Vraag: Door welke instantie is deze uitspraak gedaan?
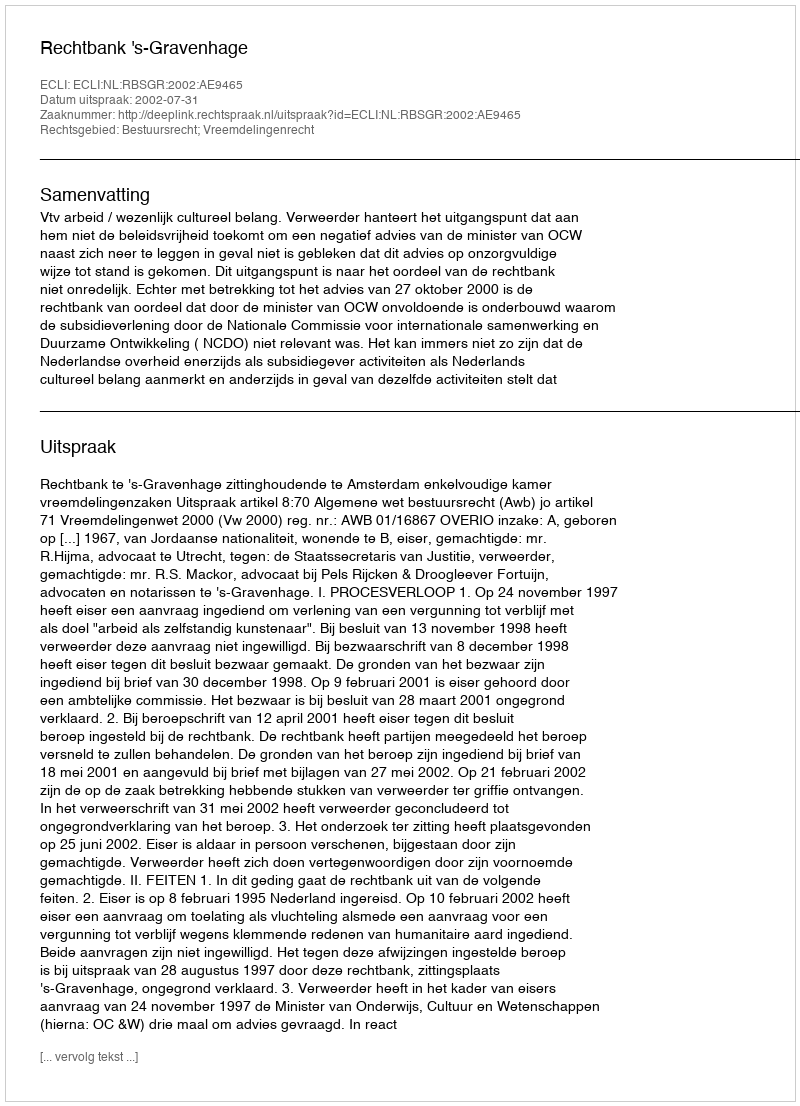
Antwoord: Rechtbank 's-Gravenhage